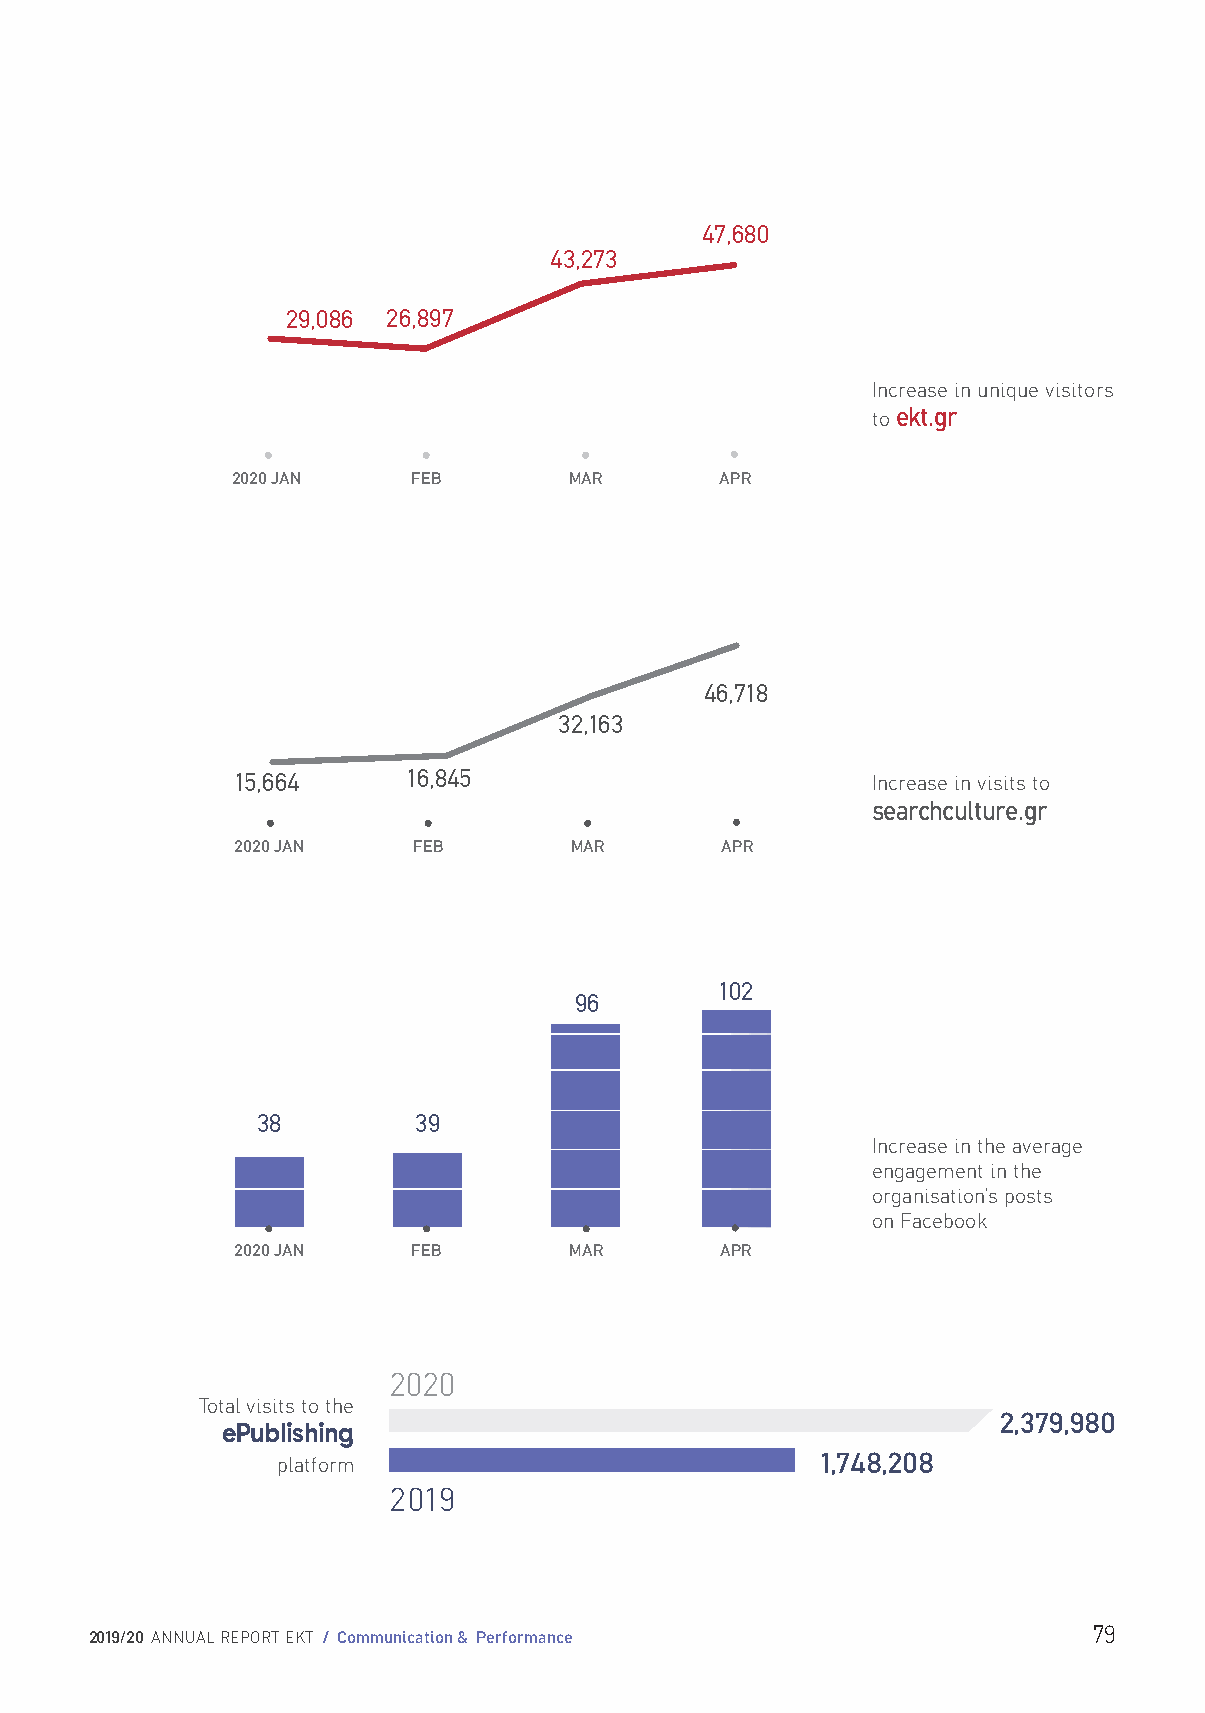
47,680
 43,273
 29,086 26,897
 Increase in unique visitors
 to ekt.gr
 2020 JAN    FEB        MAR       APR
 46,718
 32,163
 15,664     16,845                         Increase in visits to
 searchculture.gr
 2020 JAN    FEB        MAR       APR
 102
 96
 38        39
 Increase in the average
 engagement in the
 organisation’s posts
 on Facebook
 2020 JAN    FEB        MAR       APR
 2020
 Total visits to the
 2,379,980
 ePublishing
 platform                            1,748,208
 2019
 79
 2019/20 ANNUAL REPORT EKT / Communication & Performance